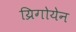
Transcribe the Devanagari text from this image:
य्रिगोयेन